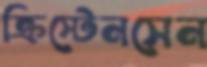
ক্রিস্টেনসেন